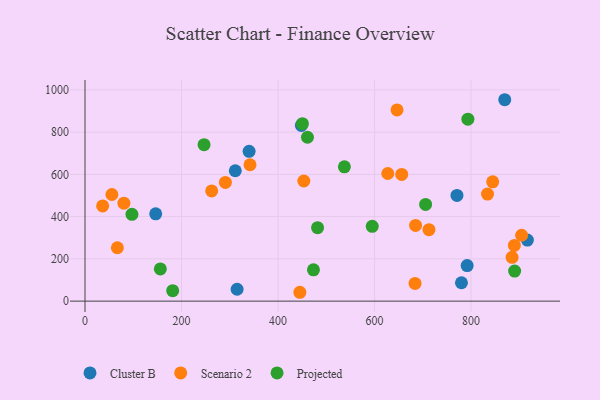
{"axis": {"x": "Ad Spend", "y": "Fuel Efficiency"}, "legend": ["Cluster B", "Projected", "Scenario 2"], "data": [{"x": "780.1", "y": 87.0, "type": "Cluster B"}, {"x": "311.4", "y": 617.2, "type": "Cluster B"}, {"x": "916.7", "y": 289.2, "type": "Cluster B"}, {"x": "315.2", "y": 56.3, "type": "Cluster B"}, {"x": "340.0", "y": 709.2, "type": "Cluster B"}, {"x": "791.9", "y": 168.5, "type": "Cluster B"}, {"x": "146.5", "y": 413.2, "type": "Cluster B"}, {"x": "448.4", "y": 831.6, "type": "Cluster B"}, {"x": "869.8", "y": 953.5, "type": "Cluster B"}, {"x": "770.8", "y": 500.2, "type": "Cluster B"}, {"x": "904.8", "y": 311.8, "type": "Scenario 2"}, {"x": "627.4", "y": 604.2, "type": "Scenario 2"}, {"x": "889.7", "y": 263.6, "type": "Scenario 2"}, {"x": "55.7", "y": 504.7, "type": "Scenario 2"}, {"x": "36.5", "y": 450.9, "type": "Scenario 2"}, {"x": "290.9", "y": 562.2, "type": "Scenario 2"}, {"x": "445.2", "y": 41.9, "type": "Scenario 2"}, {"x": "834.1", "y": 506.9, "type": "Scenario 2"}, {"x": "262.5", "y": 521.8, "type": "Scenario 2"}, {"x": "885.0", "y": 207.4, "type": "Scenario 2"}, {"x": "341.9", "y": 645.6, "type": "Scenario 2"}, {"x": "685.0", "y": 358.2, "type": "Scenario 2"}, {"x": "67.0", "y": 252.8, "type": "Scenario 2"}, {"x": "656.3", "y": 599.7, "type": "Scenario 2"}, {"x": "683.9", "y": 83.9, "type": "Scenario 2"}, {"x": "844.8", "y": 564.9, "type": "Scenario 2"}, {"x": "646.6", "y": 905.3, "type": "Scenario 2"}, {"x": "453.4", "y": 568.8, "type": "Scenario 2"}, {"x": "80.6", "y": 463.9, "type": "Scenario 2"}, {"x": "712.8", "y": 338.2, "type": "Scenario 2"}, {"x": "156.1", "y": 152.5, "type": "Projected"}, {"x": "461.0", "y": 775.9, "type": "Projected"}, {"x": "473.4", "y": 148.2, "type": "Projected"}, {"x": "181.7", "y": 49.6, "type": "Projected"}, {"x": "537.5", "y": 635.6, "type": "Projected"}, {"x": "890.3", "y": 142.4, "type": "Projected"}, {"x": "97.3", "y": 411.1, "type": "Projected"}, {"x": "595.2", "y": 354.0, "type": "Projected"}, {"x": "793.4", "y": 861.6, "type": "Projected"}, {"x": "705.8", "y": 458.0, "type": "Projected"}, {"x": "450.5", "y": 839.9, "type": "Projected"}, {"x": "246.7", "y": 740.7, "type": "Projected"}, {"x": "481.9", "y": 347.8, "type": "Projected"}]}